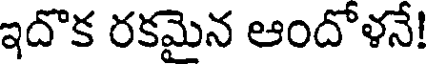
ఇదొక రకమైన ఆందోళనే!